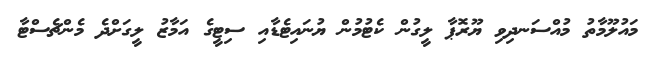
މައުލޫމާތު މުއްސަނދިވި ޔޫރޮޕާ ލީގުން ކެޓުމުން ޔުނައިޓެޑާއި ސިޓީގެ އަމާޒު ލީގަށްދެ މެންޗެސްޓާ